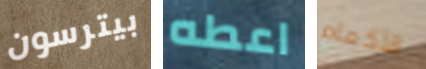
بيترسون اعطه الأكمام